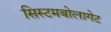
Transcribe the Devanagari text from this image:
सिस्टमबोलागेट